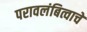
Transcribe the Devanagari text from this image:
परावलंबित्वाचे